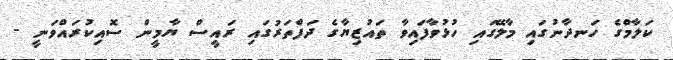
ކަލާމްގެ ހަނދާނުގައި މާލޭގައި ހުޅުވާފައިވާ ތައުޒިޔާގެ ދަފްތަރުގައި ރައީސް ޔާމީން ސޮއިކުރައްވަނީ -